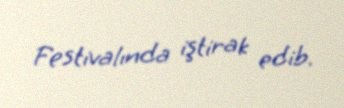
Festivalında iştirak edib.